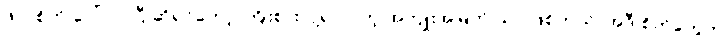
ဖိုလ်စိတ် ပေါ်လာပြီ ဆိုရင်တော့ ကြိုးစားလို့ရလာတဲ့ အကျိုးအမြတ် သာ ဖြစ်တယ်၊ အဲဒီ စိတ်တွေက